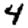
Digit: 4